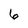
Character: 6